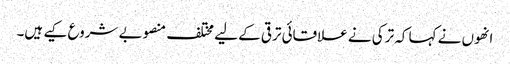
انھوں نے کہا کہ ترکی نے علاقائی ترقی کے لیے مختلف منصوبے شروع کیے ہیں۔